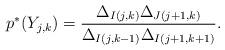
LaTeX: \begin{align*}p^*(Y_{j,k})=\frac{\Delta_{I(j,k)}\Delta_{J(j+1,k)}}{\Delta_{I(j,k-1)}\Delta_{I(j+1,k+1)}}.\end{align*}